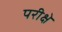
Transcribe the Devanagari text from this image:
परीक्षे